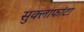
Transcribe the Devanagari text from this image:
सुक्लाफांटा